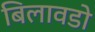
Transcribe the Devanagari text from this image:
बिलावडो